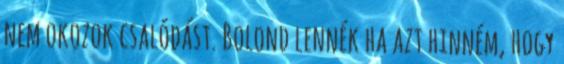
nem okozok csalódást. Bolond lennék ha azt hinném, hogy